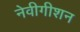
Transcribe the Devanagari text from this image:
नेवीगीशन